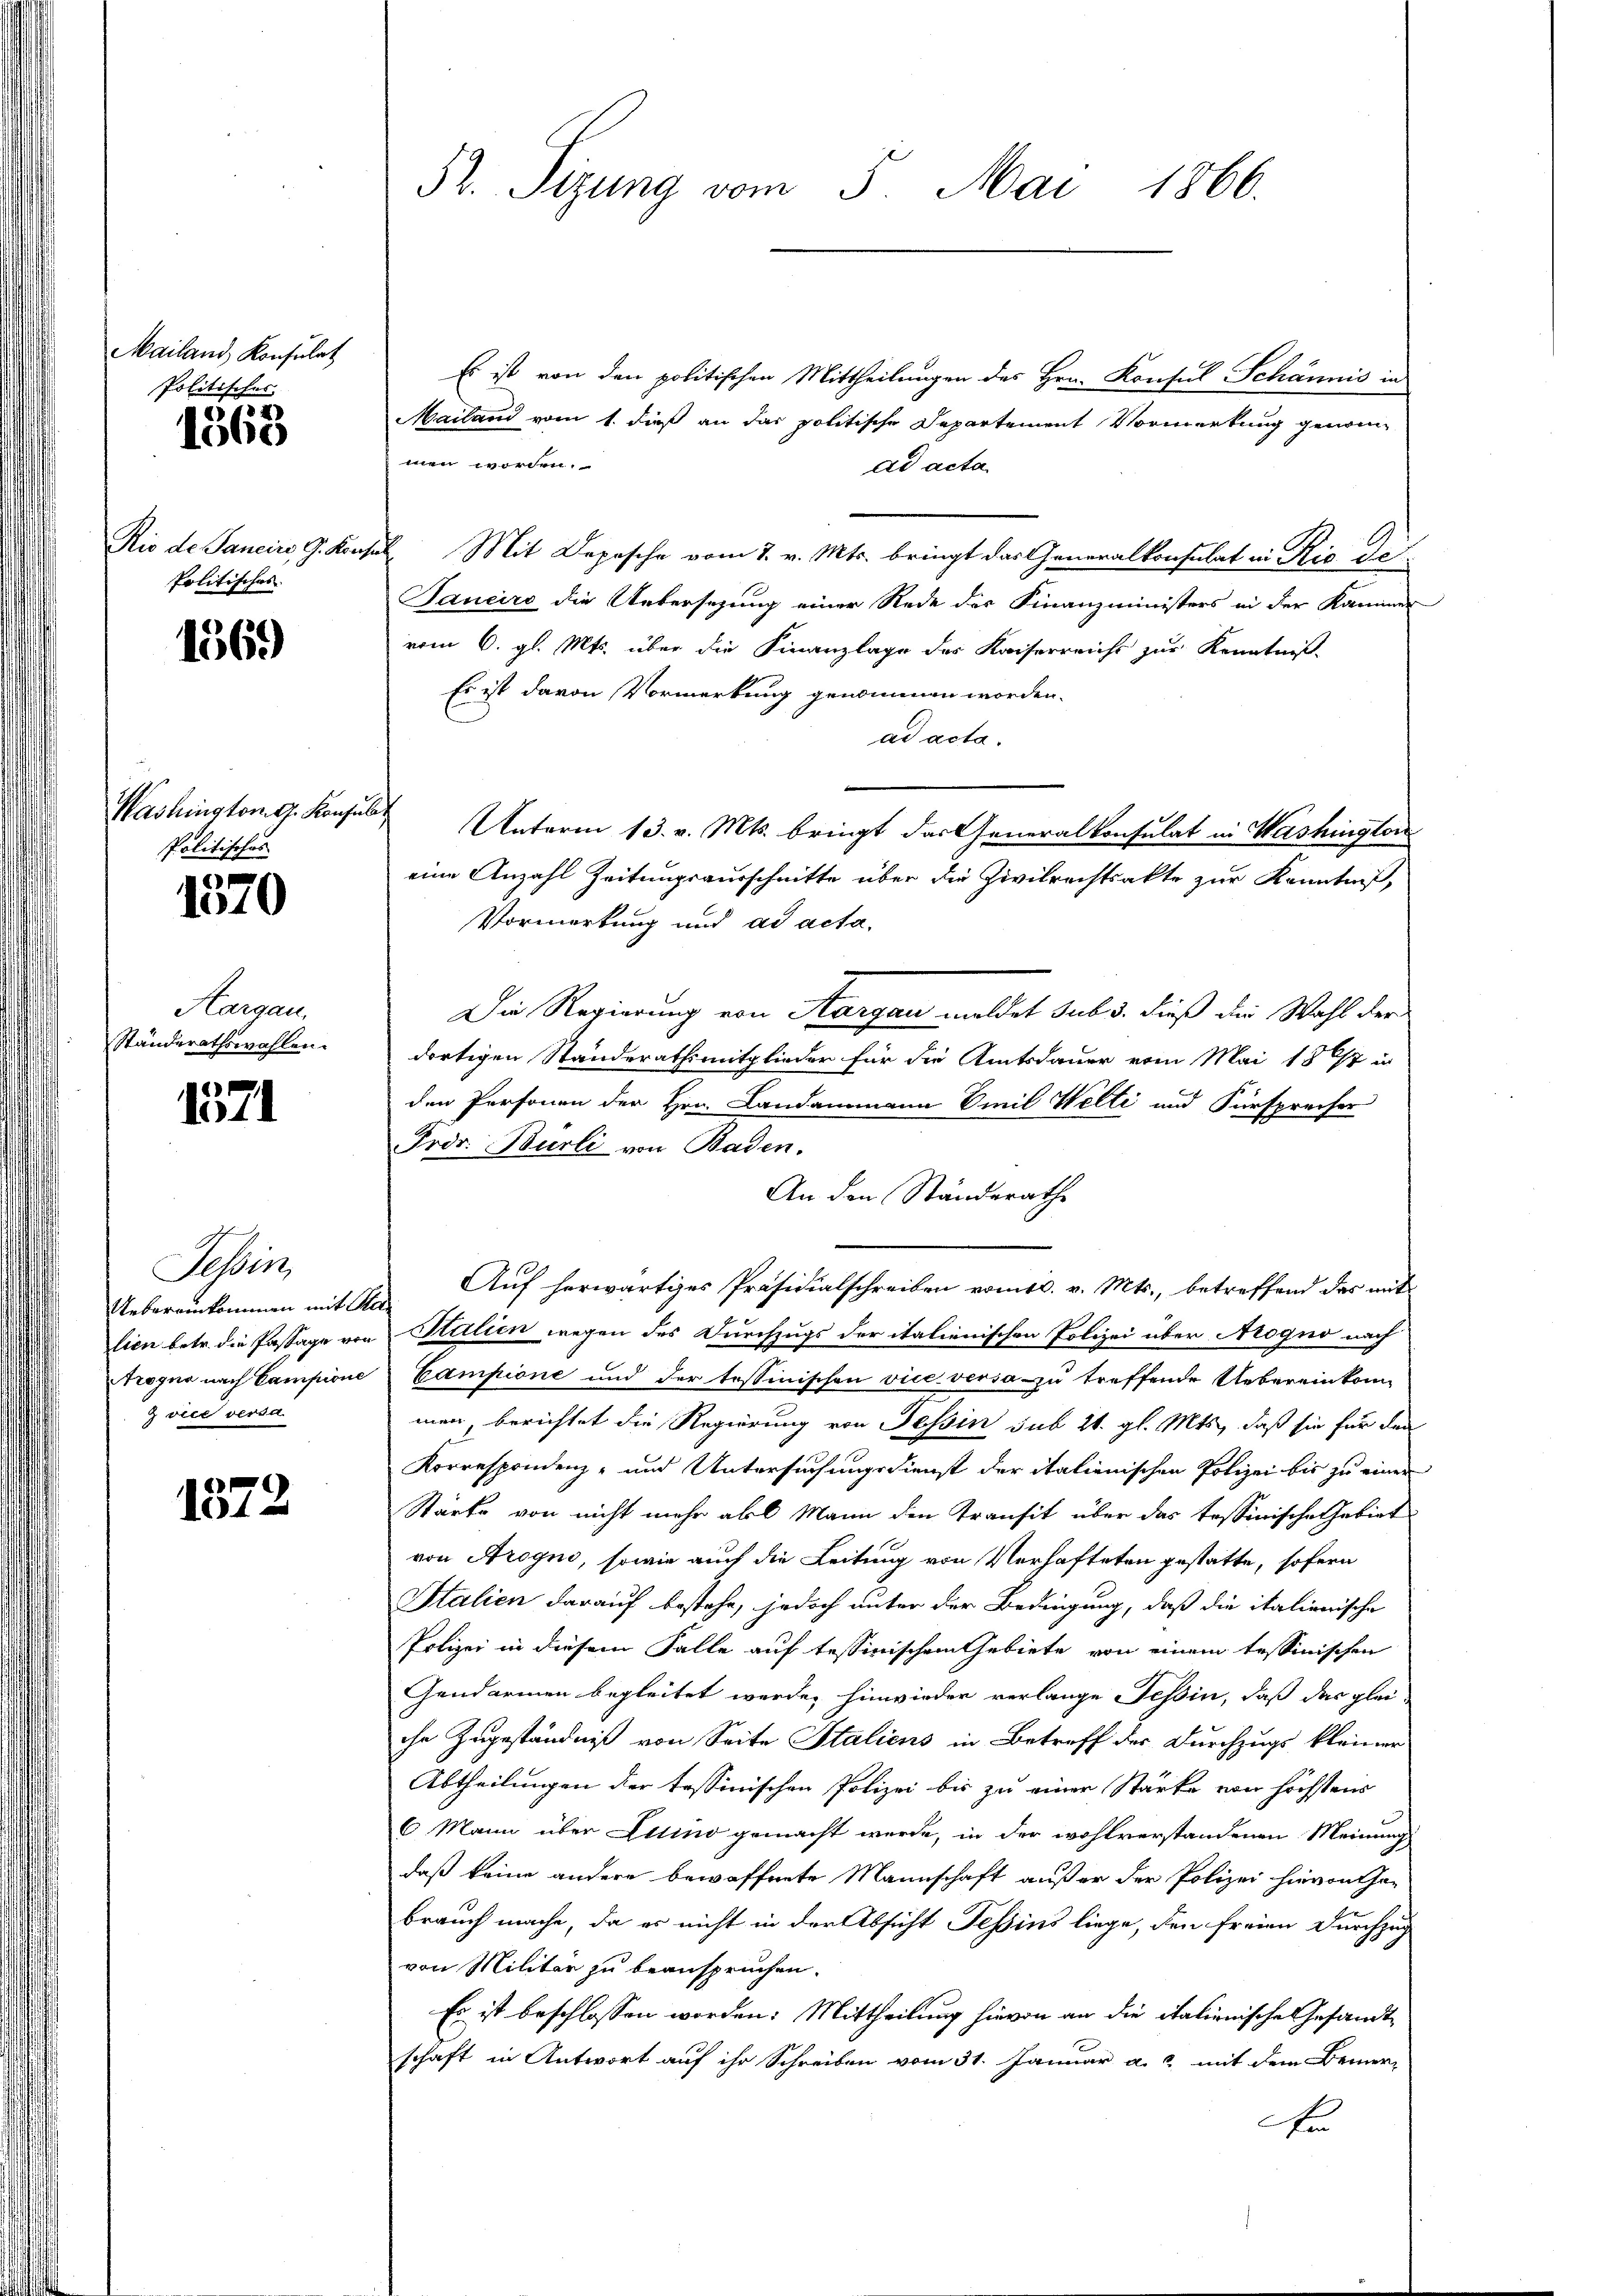
Mailand Konsulat
Politisches.

1368

Rio de Janein, G. Kön
Politisches

1569

Washington G. Konsuls
Politisches

E
1510

Hargau,
Ständerathswahlen.

1571

Sesseit
Uebereinkommen mit S
lien betr. die Pastage vo
rogno nach Campione
 viel versa

1872

52. Sizung vom 5. Mai 1866.

Es ist von den politischen Mittheilungen des Hrn. Konsul Schännis in
Mailand vom 1. dieß an das politische Departement Vormerkung genommen worden.
ad acta
E. Mit Depesche vom 7. v. Mts. bringt das Generalkonsulat in Rio de
Tanciro die Uebersezung einer Rede des Finanzministers in der Kammer
vom 6. gl. Mts. über die Finanzlage der Kaiserreiche zur Kenntniß
Es ist davon Vormerkung genommen worden.
ad acta.
 Unterm 13. v. Mts. bringt das Generalkonsulat in Washington
eine Anzahl Zeitungsausschnitte über die Zivilrechtsakte zur Kenntniß,
Vormerkung und ad acta.
Die Regierung von Aargau meldet sub 3. dieß die Wahl der
dortigen Standerathsmitglieder für die Amtsdauer vom Mai 1867 in
den Personen der Hrn. Landammann Emil Welti und Fürspreiser
Frdr. Burli von Baden.
An den Ständerathe
Auf herwärtiges Präsidialschreiben vom 10. v. Mts., betreffend das mit
Stalien wegen des Durchzugs der italienischen Polizei über Nrogno nach
Campione und der tessinischen vice versa-zu treffende Uebereinkom-
men berichtet die Regierung von Tessin sub 21. gl. Mts., daß sie für den
Korrespondenz- und Untersuchungsdienst der italienischen Polizei bis zu einer
Stärke von nicht mehr all Mann den Transit über das tessinische Gebiet
von Arogno, sowie auch die Leitung von Verhafteten gestatte, sofern
Italien darauf bestehe, jedoch unter der Bedingung, daß die italienische
Polizei in diesem Falle auf tessinischem Gebiete von einem tessinischen
Gendarmen begleitet werde, hinwieder verlange Tessin, daß das glei
ihr Zugeständniß von Seite Staliens in Betreff der Durchzugs kleiner
Abtheilungen der tessinischen Polizei bis zu einer Stärke von höchstens
6 Mann über Ettino gemacht werde, in der wohlverstandenen Meinung
daß keine andere bewaffnete Mannschaft außer der Polizei hievon Cha-
brauch mache, da er nicht in der Absicht Tessins liege, den freien Durchzug
von Militar zu beanspruchen.
Es ist beschlossen worden: Mittheilung hievon an die italienische Gesandt
schaft in Antwort auf ihr Schreiben vom 31. Januar a. u. mit dem Bemer-
An